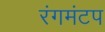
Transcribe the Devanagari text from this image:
रंगमंटप